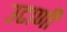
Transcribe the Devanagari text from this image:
उटाणी